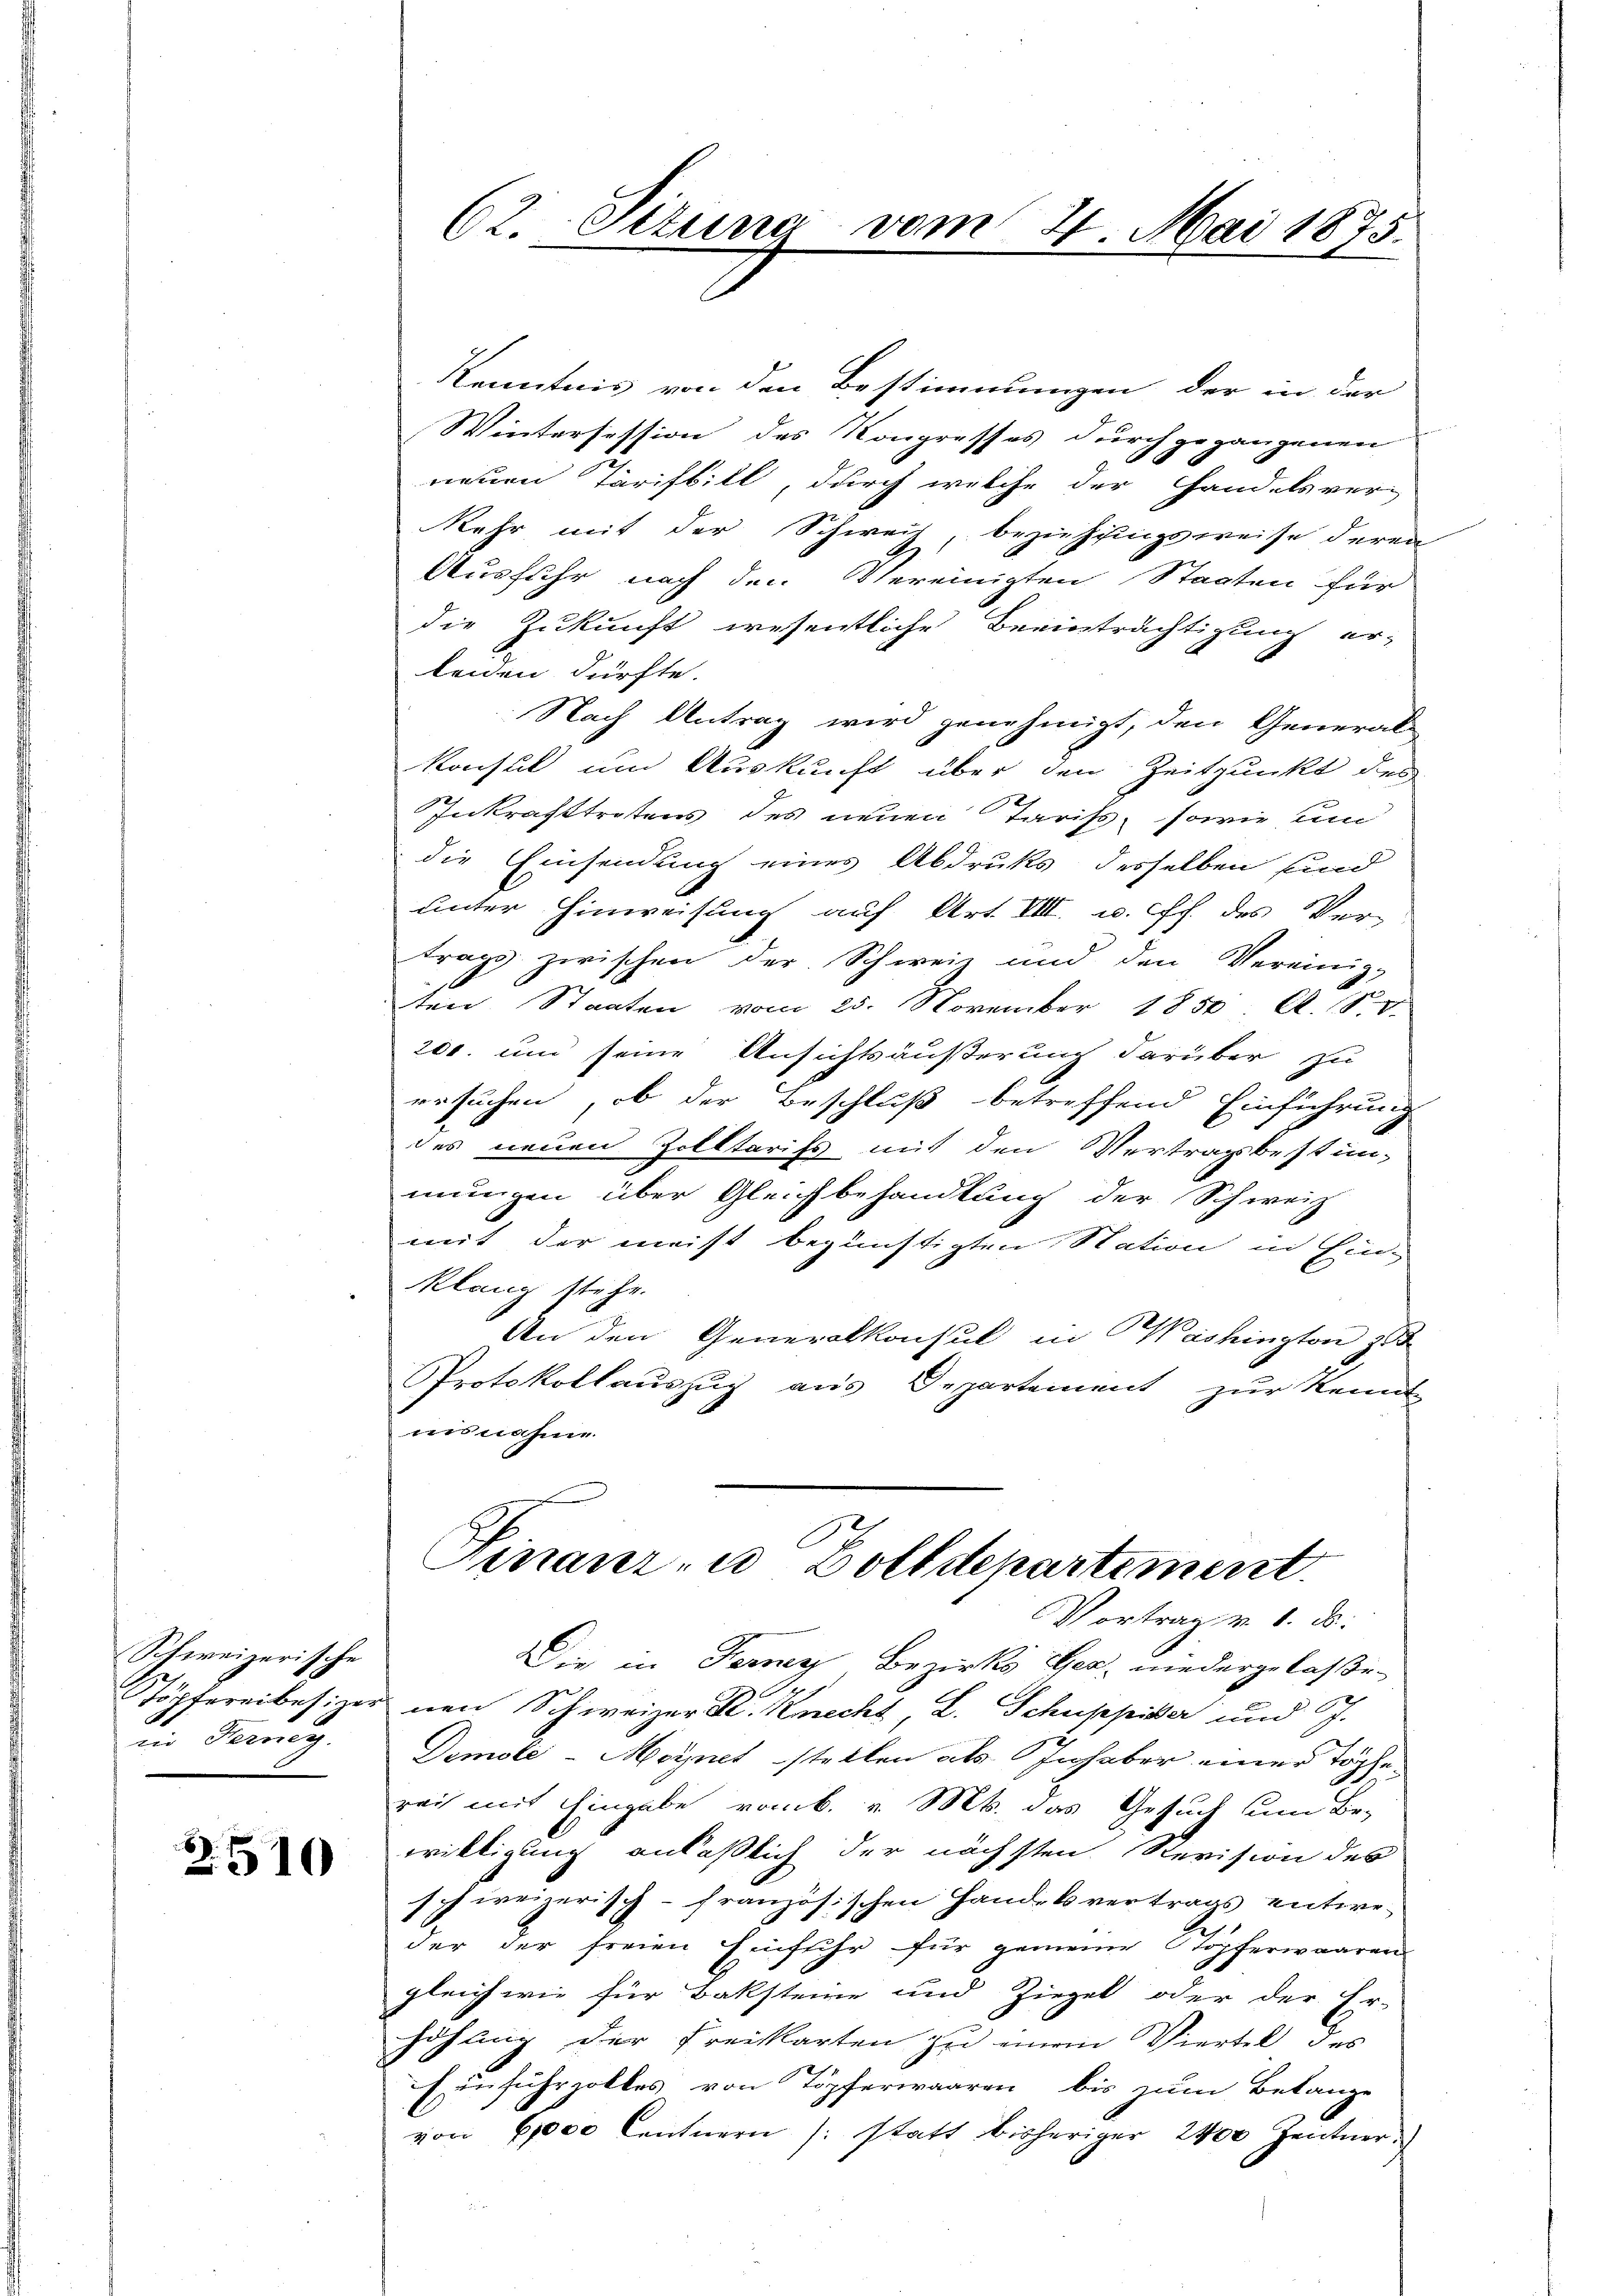
Schweizerische
iin Herreg

2510

Kenntnis von den Bestimmungen der in der
Wintersession des Kongresses durchgegangenen
neuen Tarifbill, durch welche der Handelsver-
Kehr mit der Schweis beziehungsweise deren
Ausfuhr nach den Vereinigten Staaten für
die Zukunft wesentliche Beeinträchtigung er-
lenden dürfte.
Nach Antrag wird genehmigt, den General-
konsul und Auskunft über den Zeitpunkt des
Inkrafttretens des neuen Tarifs, sowie Ein
die Einsendung eines Abdruks desselben sind
unter Hinweisung auf Art. VIII. u. f. des Ver-
trags zwischen der Schweiz und den Vereinig
ten Staaten vom 25. November 1850 Al. S. v.
200. und seine Ansichtsäußerung darüber zu
ersuchen, ob der Beschluß betreffend Einführung
des neuen Zolltarifs mit den Vertragsbestän-
mungen über Gleichbehandlung der Schweiz
mit der meist begünstigten Station in Ein-
klang stehe.
An den Generalkonsul in Washington z
Protokollauszug aus Departement zur Kennt
uisnahme.

62. Setung vom 2. Mai 1875.

Finanz- u. Zolldepartement
Vortrag v. 1. ds.

Die in Ferner Bezirks Gher, niedergelassen
Töpfereibesizer nen Schweizer K. Knecht L. Schuppier und J.
Demole-Meynet stellen als Inhaber einer Töpfe
reih mit Eingabe vom 6. v. Ms. das Gesuch um Be-
willigung anläßlich der nächsten Revision des
schweizerisch-französischen Handelvertrags entweder der freien Einfuhr für gemeine Stöpferwaaren
gleich wie für Baksteine und Ziegel oder der Er-
höhung der Freikarten zu einem Viertel des
Einfuhrzolles von Töpferwaaren bis zum Belange
von 6,000 Centnern /: statt bisheriger 2400 Zentner